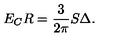
E _ { C } R = \frac { 3 } { 2 \pi } S \Delta .